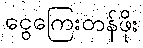
ငွေကြေးတန်ဖိုး